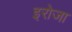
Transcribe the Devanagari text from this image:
इरोजा